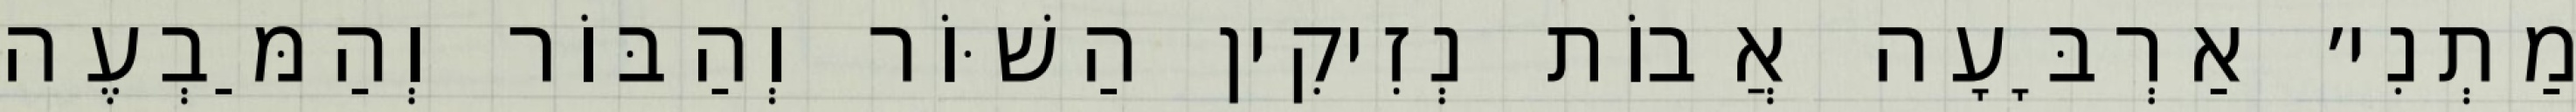
מַתְנִי׳ אַרְבָּעָה אֲבוֹת נְזִיקִין הַשּׁוֹר וְהַבּוֹר וְהַמַּבְעֶה